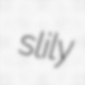
slily